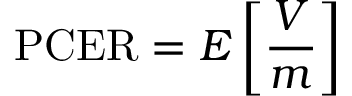
\mathrm { P C E R } = E \left[ { \frac { V } { m } } \right]